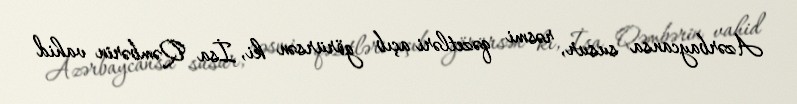
Azərbaycansa susur, rəsmi qəzetləri açıb görürsən ki, İsa Qəmbərin vahid